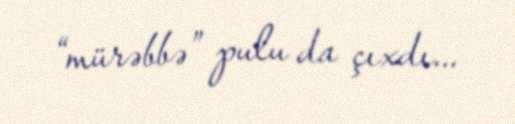
“mürəbbə” pulu da çıxdı...